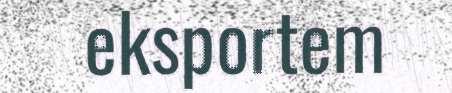
eksportem